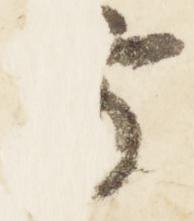
方